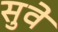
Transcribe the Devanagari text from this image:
सुवे